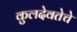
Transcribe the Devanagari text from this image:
कुलदेवतेचे